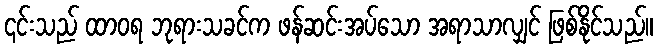
၎င်းသည် ထာဝရ ဘုရားသခင်က ဖန်ဆင်းအပ်သော အရာသာလျှင် ဖြစ်နိုင်သည်။